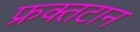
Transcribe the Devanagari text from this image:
फ्रक्तटान